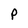
Character: P